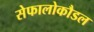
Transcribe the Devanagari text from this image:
सेफालोकौडल